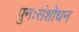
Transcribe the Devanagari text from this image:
पुनःसंशोधन